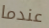
عندما